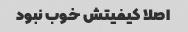
اصلا کیفیتش خوب نبود